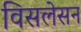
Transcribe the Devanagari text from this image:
विसलेसन